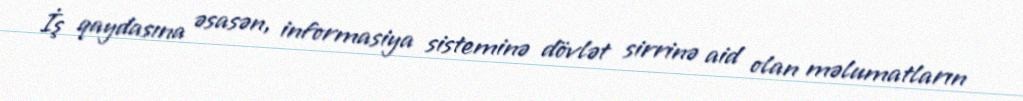
İş qaydasına əsasən, informasiya sisteminə dövlət sirrinə aid olan məlumatların